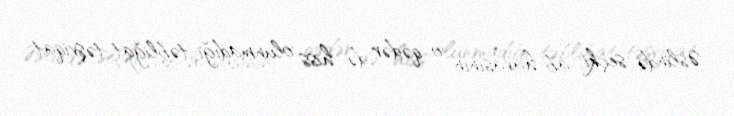
Əslində seçki ab-havasının o qədər də hiss olunmadığı təbliğat-təşviqat